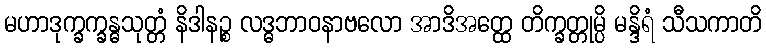
မဟာဒုက္ခက္ခန္ဓသုတ္တံ နိဒါနဉ္စ လဒ္ဓဘာဝနာဗလော အာဒိအတ္ထေ တိက္ခတ္တုမ္ပိ မန္ဒိရံ သီသကာတိ